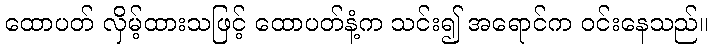
ထောပတ် လှိမ့်ထားသဖြင့် ထောပတ်နံ့က သင်း၍ အရောင်က ဝင်းနေသည်။